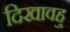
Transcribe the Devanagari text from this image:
दिखावहु